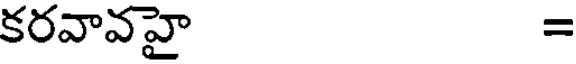
కరవావహై =